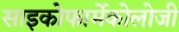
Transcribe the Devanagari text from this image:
साइकोफार्मेकोलोजी